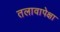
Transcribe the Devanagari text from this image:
तलावापेक्षा